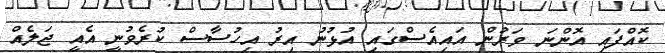
ކޮއްފައި އޮންނަ ވަރުން އައިއެސްގައި އުޅުނު އިރު އިހުސާސް ކުރެވުނީ އެއީ ޖަލެއް